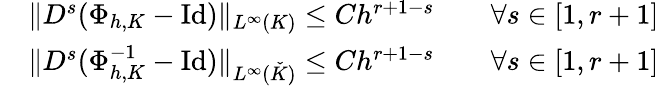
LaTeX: \begin{array}{r}{\begin{array}{rlrl}&{\| D^{s}(\Phi_{h,K}-\mathrm{Id})\| _{L^{\infty}(K)}\leq Ch^{r+1-s}}&&{\forall s\in[1,r+1]}\\ &{\| D^{s}(\Phi_{h,K}^{-1}-\mathrm{Id})\| _{L^{\infty}(\check{K})}\leq Ch^{r+1-s}}&&{\forall s\in[1,r+1]}\end{array}}\end{array}